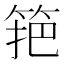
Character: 筢